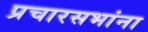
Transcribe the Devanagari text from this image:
प्रचारसभांना